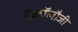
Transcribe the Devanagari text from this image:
टैक्नॉलौजी